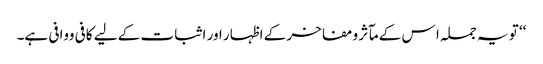
‘‘ تو یہ جملہ ا س کے مآثر ومفاخر کے اظہار اور اثبات کے لیے کافی ووافی ہے۔